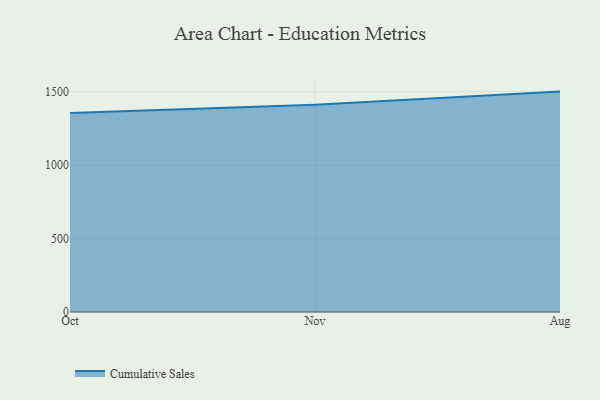
{"axis": {"x": "Month", "y": "Active Users"}, "legend": ["Cumulative Sales"], "data": [{"x": "Oct", "y": 1355.5, "type": "Cumulative Sales"}, {"x": "Nov", "y": 1410.7, "type": "Cumulative Sales"}, {"x": "Aug", "y": 1500.5, "type": "Cumulative Sales"}]}